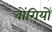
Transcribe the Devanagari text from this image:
बोंगियों